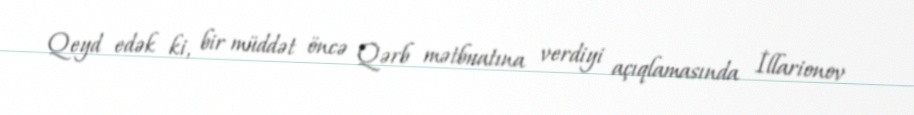
Qeyd edək ki, bir müddət öncə Qərb mətbuatına verdiyi açıqlamasında İllarionov